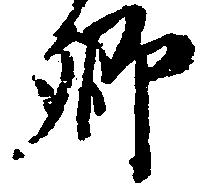
郷